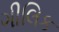
ગીલિક